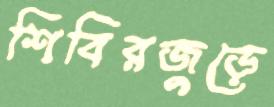
শিবিরজুড়ে